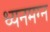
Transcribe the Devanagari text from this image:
ध्‍यनमग्‍न